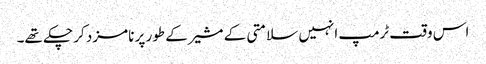
اس وقت ٹرمپ انہیں سلامتی کے مشیر کے طور پر نامزد کر چکے تھے۔